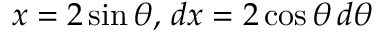
x = 2 \sin \theta , \, d x = 2 \cos \theta \, d \theta